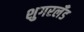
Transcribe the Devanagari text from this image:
शुगरलँड